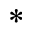
^ \ast